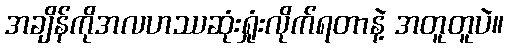
အချိန်ကိုအလဟဿဆုံးရှုံးလိုက်ရတာနဲ့ အတူတူပဲ။